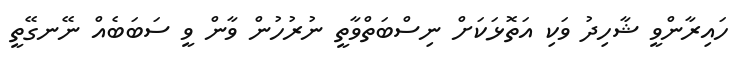
ހައިރާންވީ ޝާހިދު ވަކި އަތޮޅަކަށް ނިސްބަތްވާތީ ނުރުހުން ވާން ވީ ސަބަބެއް ނޭނގޭތީ